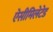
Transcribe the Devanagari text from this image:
ऐसीमिलेटेड